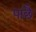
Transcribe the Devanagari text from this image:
पाछै